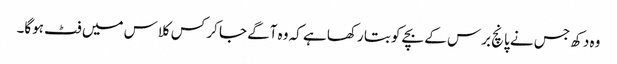
وہ دکھ جس نے پانچ برس کے بچے کو بتا رکھا ہے کہ وہ آگے جا کر کس کلاس میں فٹ ہوگا۔